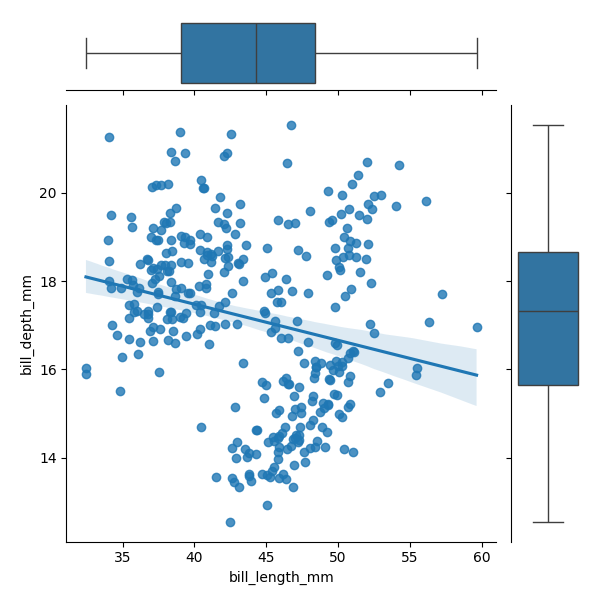
python, seaborn, JointGrid, regplot, boxplot